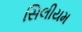
સિલીયમ